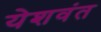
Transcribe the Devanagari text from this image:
येशवंत